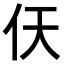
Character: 𫢋